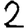
Digit: 2